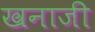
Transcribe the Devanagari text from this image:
खनाजी